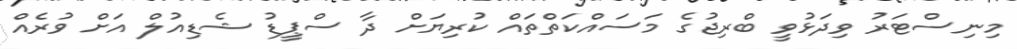
މިނިސްޓަރު ވިދަޅުވީ ބްރިޖުގެ މަސައްކަތްތައް ކުރިޔަށް ދާ ސްޕީޑު ޝެޑިއުލް އަށް ވުރެއް